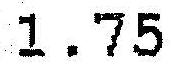
1.75